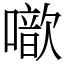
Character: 噷